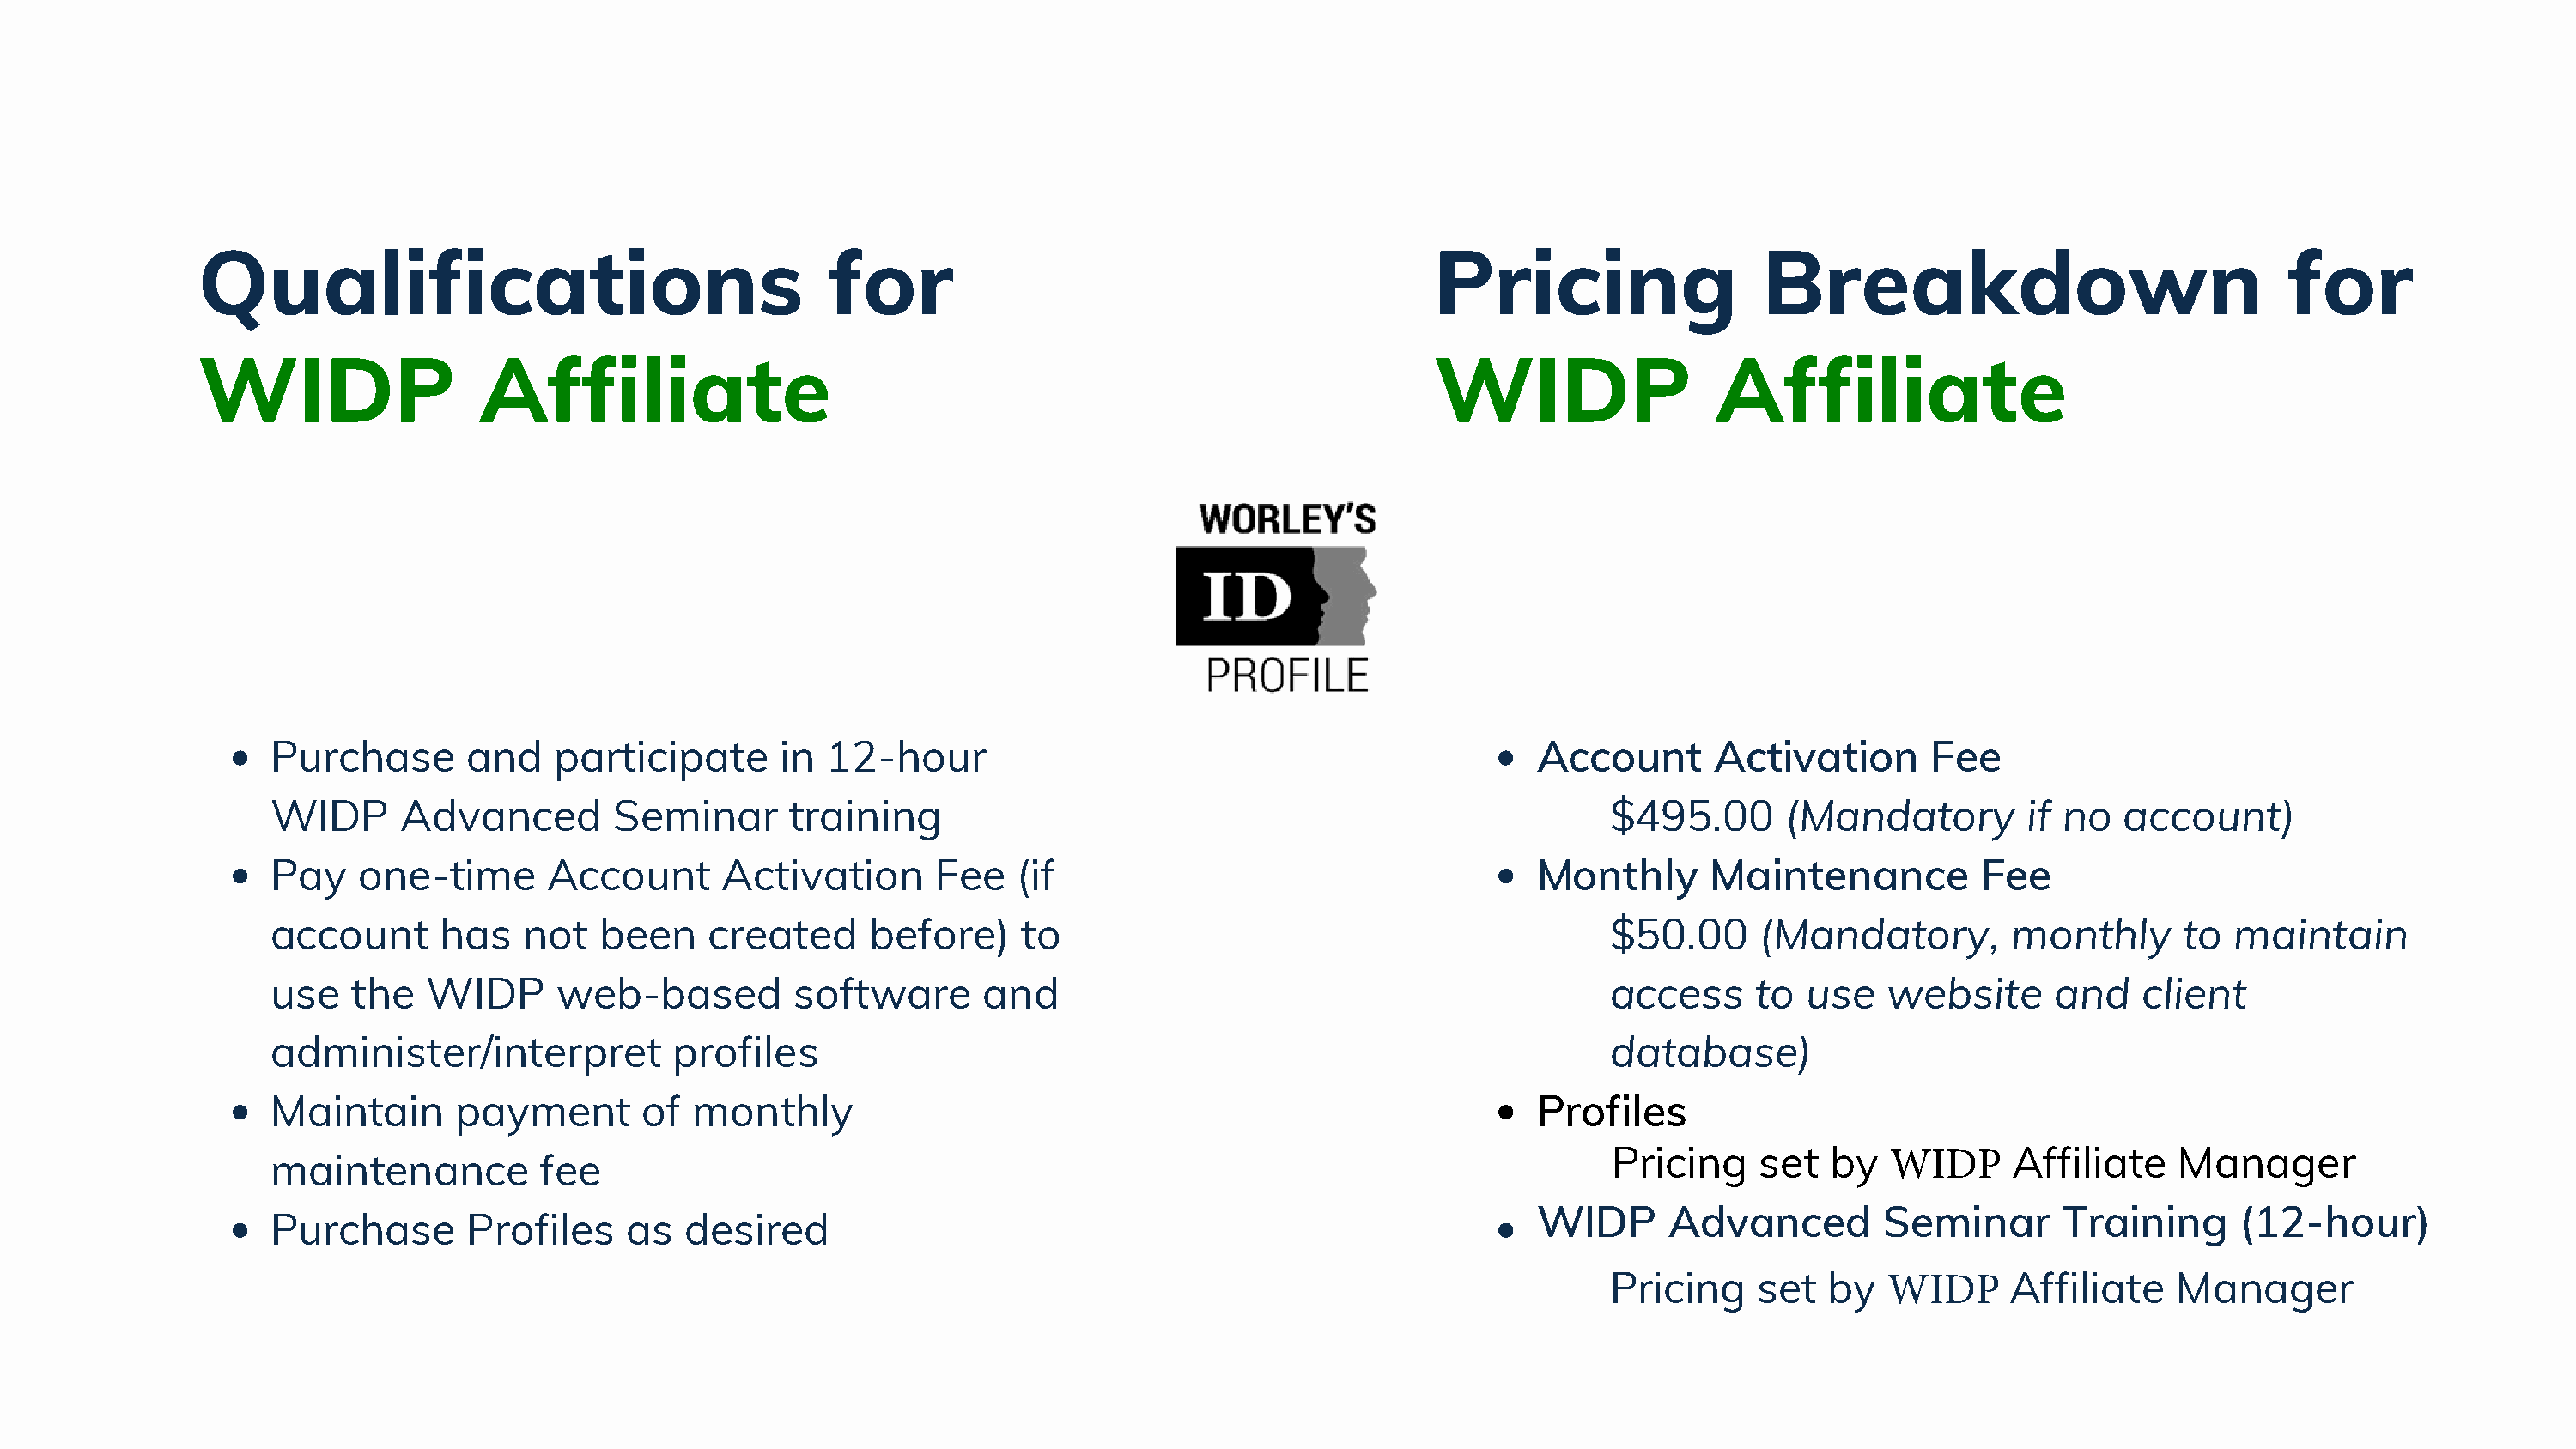
Qualifications                                   for                                            Pricing                  Breakdown                               for
 WIDP                  Affiliate                                                                 WIDP                 Affiliate
 Purchase       and    participate      in  12-hour                                               Account       Activation       Fee
 WIDP      Advanced        Seminar       training                                                       $495.00       (Mandatory        if no   account)
 Pay    one-time      Account       Activation      Fee   (if                                     Monthly       Maintenance          Fee
 account      has   not   been     created     before)     to                                           $50.00      (Mandatory,        monthly      to  maintain
 use   the   WIDP      web-based         software       and                                             access     to  use   website      and    client
 administer/interpret           profiles                                                                database)
 Maintain      payment        of monthly                                                          Profiles
 maintenance          fee                                                                               Pricing     set  by   WIDP     Affiliate    Manager
 WIDP       Advanced        Seminar       Training      (12-hour)
 Purchase       Profiles    as   desired
 Pricing    set   by   WIDP     Affiliate    Manager